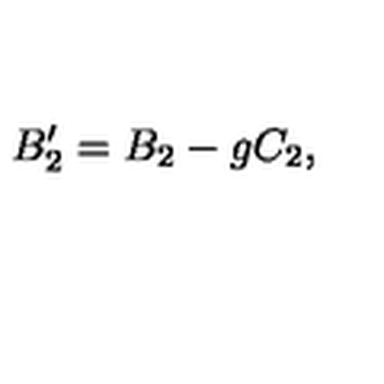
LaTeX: B _ { 2 } ^ { \prime } = B _ { 2 } - g C _ { 2 } ,